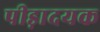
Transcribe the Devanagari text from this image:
पीड़ादयक